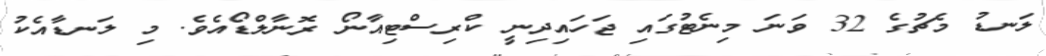
ލަނޑު މެޗުގެ 32 ވަނަ މިނެޓުގައި ޖަހައިދިނީ ކްރިސްޓިއާނޯ ރޮނާލްޑޯއެވެ. މި ލަނޑާއެކު